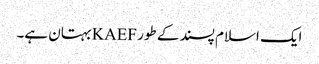
ایک اسلام پسند کے طور KAEFبہتان ہے۔